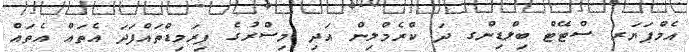
އެމްޕަޔަރ ސްޓޭޓް ބިލްޑިންގ ދަ ކްރެމްލިން އަދި މިސްރުގެ ޕިރަމިޑްތައްފަދަ އެތައް އެތައް